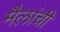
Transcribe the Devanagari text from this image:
मैलांची